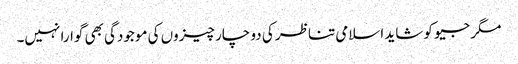
مگر جیو کو شاید اسلامی تناظر کی دو چار چیزوں کی موجودگی بھی گوارا نہیں۔